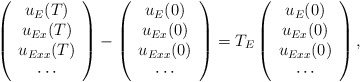
\begin{align*}\left(\begin{array}{c}u_E(T)\\u_{Ex}(T)\\u_{Exx}(T)\\ \cdots\end{array}\right)-\left(\begin{array}{c}u_E(0)\\u_{Ex}(0)\\u_{Exx}(0)\\ \cdots\end{array}\right)=T_E\left(\begin{array}{c}u_E(0)\\u_{Ex}(0)\\u_{Exx}(0)\\ \cdots\end{array}\right),\end{align*}